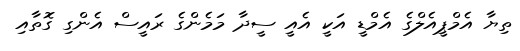
ތިޔާ އެމްޕީއެލްގެ އެމްޑީ އަކީ އެއީ ސީދާ މަމެންގެ ރައީސް އެންގި ގޮތާއި